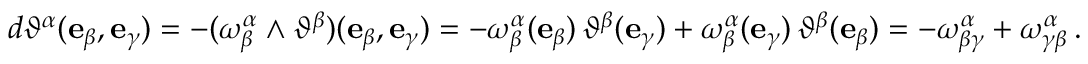
d \vartheta ^ { \alpha } ( \mathbf { e } _ { \beta } , \mathbf { e } _ { \gamma } ) = - ( \omega ^ { \alpha } _ { \beta } \wedge \vartheta ^ { \beta } ) ( \mathbf { e } _ { \beta } , \mathbf { e } _ { \gamma } ) = - \omega ^ { \alpha } _ { \beta } ( \mathbf { e } _ { \beta } ) \, \vartheta ^ { \beta } ( \mathbf { e } _ { \gamma } ) + \omega ^ { \alpha } _ { \beta } ( \mathbf { e } _ { \gamma } ) \, \vartheta ^ { \beta } ( \mathbf { e } _ { \beta } ) = - \omega ^ { \alpha } _ { \beta \gamma } + \omega ^ { \alpha } _ { \gamma \beta } \, .